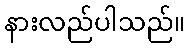
နားလည်ပါသည်။